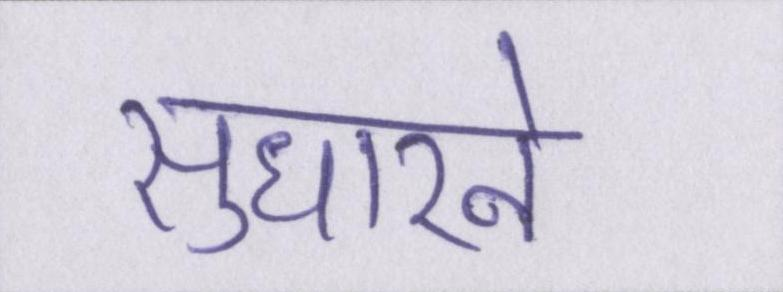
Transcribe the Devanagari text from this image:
सुधारने